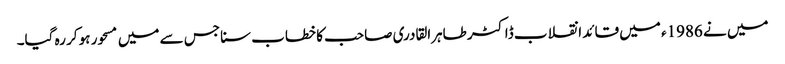
میں نے 1986ء میں قائد انقلاب ڈاکٹر طاہرالقادری صاحب کا خطاب سنا جس سے میں مسحور ہو کر رہ گیا۔